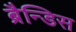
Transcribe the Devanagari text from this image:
ब्रैन्डिस